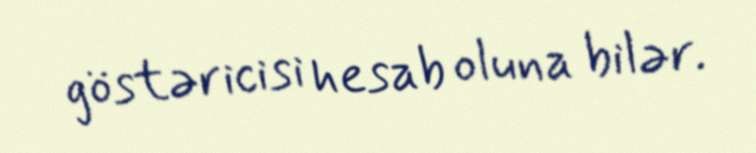
göstəricisi hesab oluna bilər.